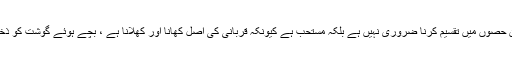
گوشت کی تقسیم: قربانی کا گوشت تین حصوں میں تقسیم کرنا ضروری نہیں ہے بلکہ مستحب ہے کیونکہ قربانی کی اصل کهانا اور کهلانا ہے ، بچے ہوئے گوشت کو ذخیرہ کرنے میں بهی کوئی حرج نہیں ۔